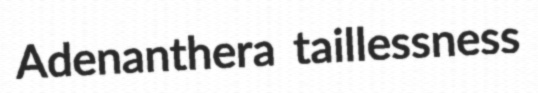
Adenanthera taillessness